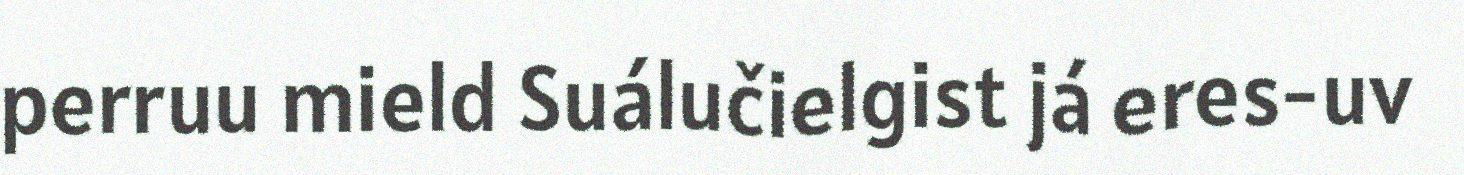
perruu mield Suálučielgist já eres-uv